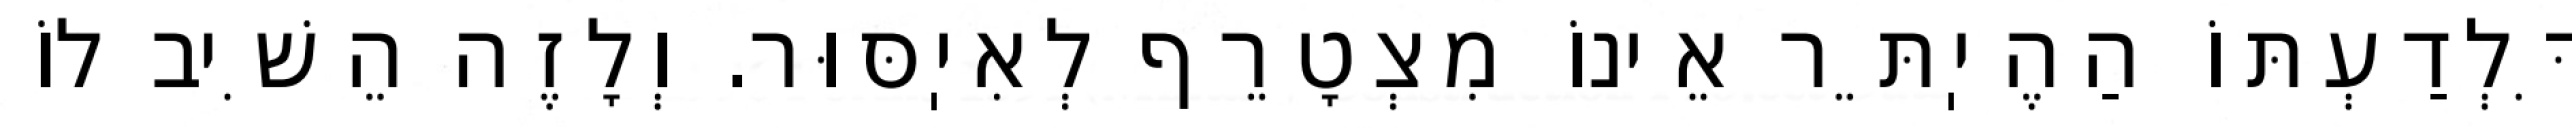
דִּלְדַעְתּוֹ הַהֶיֽתֵּר אֵינוֹ מִצְטָרֵף לְאִיֽסּוּר. וְלָזֶה הֵשִׁיב לוֹ